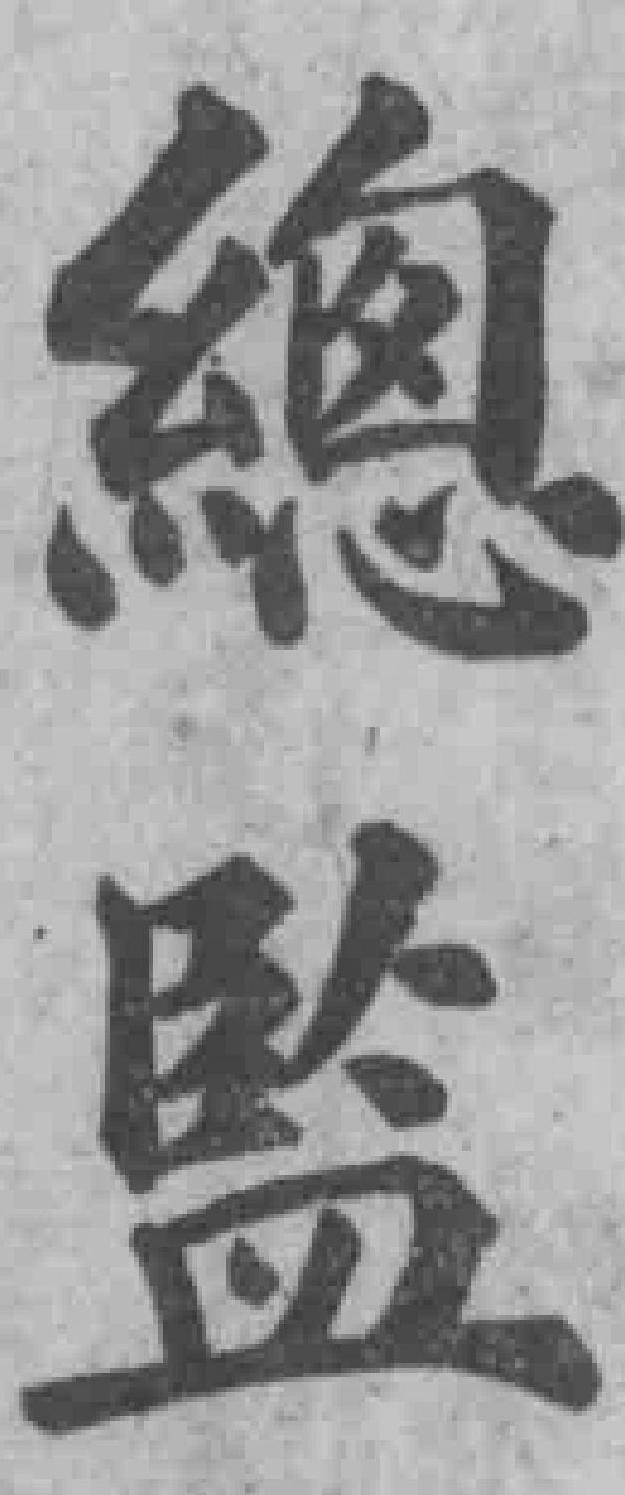
總監